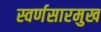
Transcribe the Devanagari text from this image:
स्वर्णसारमुख